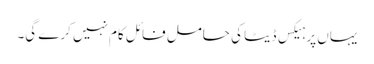
یہاں پر ہیکس ڈیٹا کی حامل فائل کام نہیں کرے گی۔